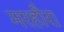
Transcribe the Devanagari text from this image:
मरहौरा